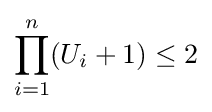
\prod _{i=1}^{n}(U_{i}+1)\leq 2